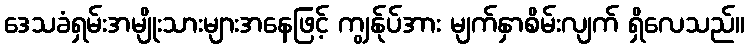
ဒေသခံရှမ်းအမျိုးသားများအနေဖြင့် ကျွန်ုပ်အား မျက်နှာစိမ်းလျက် ရှိလေသည်။